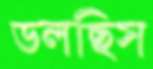
ডলছিস